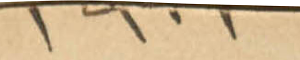
١٩٠١